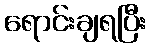
ရောင်းချရပြီး